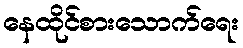
နေထိုင်စားသောက်ရေး